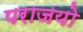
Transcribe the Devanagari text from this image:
पराजयो